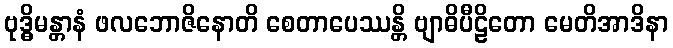
ဗုဒ္ဓိမန္တာနံ ဖလဘောဇိနောတိ စေတာပေဿန္တိ ဗျာဓိပီဠိတော မေတိအာဒိနာ